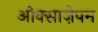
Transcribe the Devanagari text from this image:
ओक्साज़ेपम